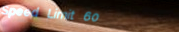
Speed Limit 60